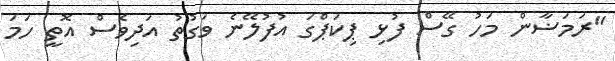
"ރަމަޟާން މަހު ގޭސް ފުޅި ޕިކަޕްގަ އުފުލޭނެ ވަގުތު އަދިވެސް އޮތީ ހަމަ